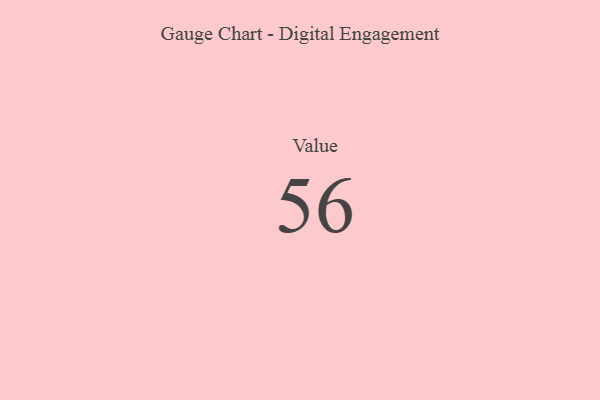
{"axis": {"x": "Metric", "y": "Value"}, "legend": [""], "data": [{"x": "Value", "y": 56, "type": ""}]}